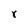
Character: r